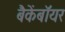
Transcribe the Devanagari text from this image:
बैकेंबॉयर